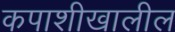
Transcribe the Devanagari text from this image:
कपाशीखालील